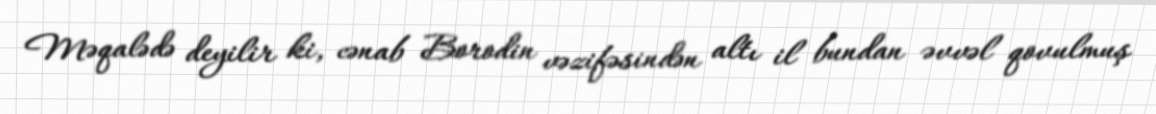
Məqalədə deyilir ki, cənab Borodin vəzifəsindən altı il bundan əvvəl qovulmuş